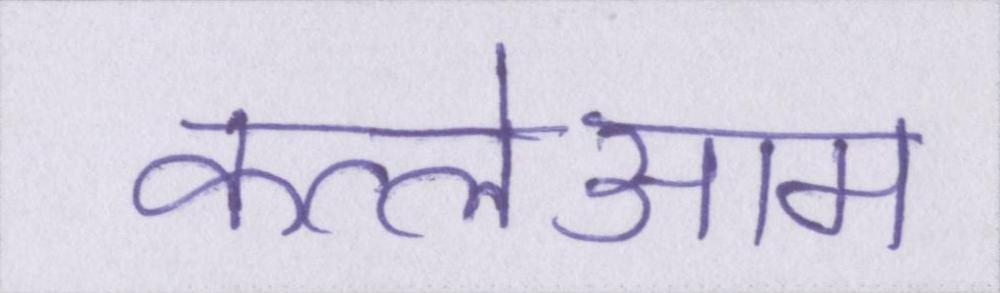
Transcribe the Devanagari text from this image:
कत्लेआम